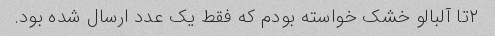
۲تا آلبالو خشک خواسته بودم که فقط یک عدد ارسال شده بود.